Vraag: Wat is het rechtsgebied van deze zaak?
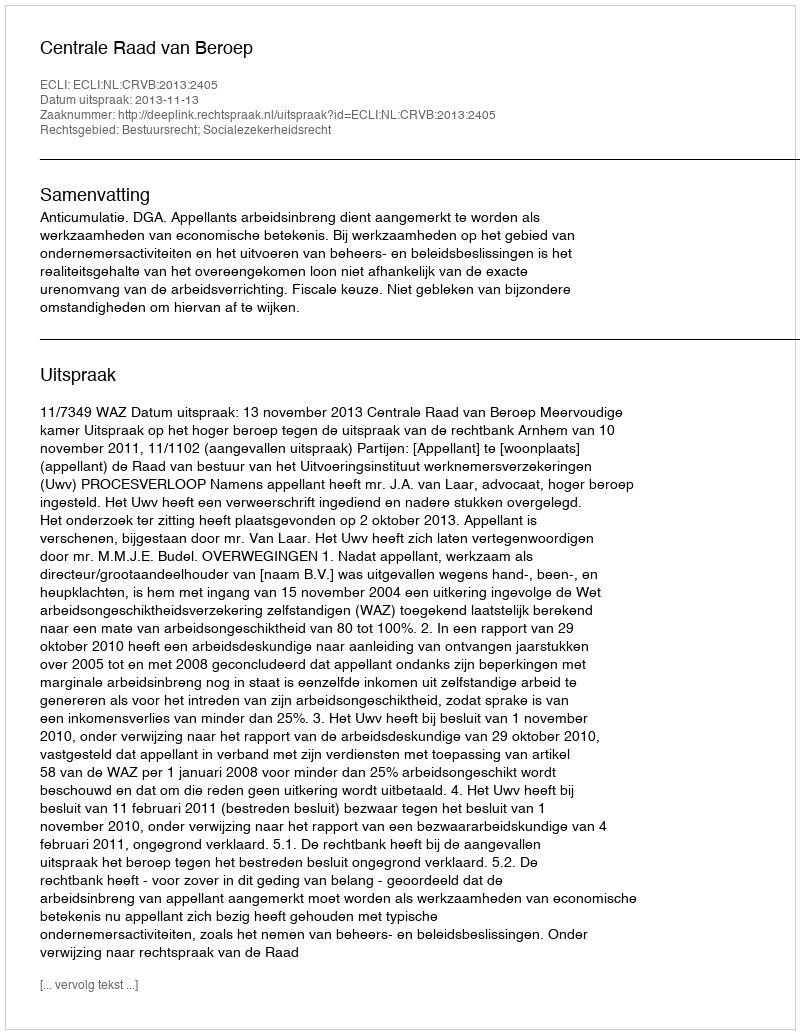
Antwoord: Bestuursrecht; Socialezekerheidsrecht